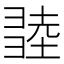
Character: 𢑫